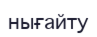
нығайту